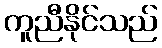
ကူညီနိုင်သည်